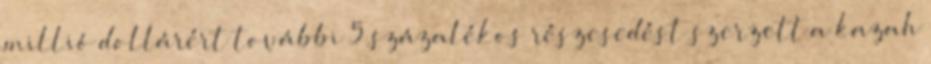
millió dollárért további 5 százalékos részesedést szerzett a kazah